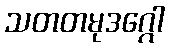
သတတမုဒဂ္ဂေါ